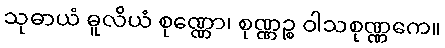
သုဓာယံ ဓူလိယံ စုဏ္ဏော၊ စုဏ္ဏဉ္စ ဝါသစုဏ္ဏကေ။